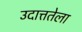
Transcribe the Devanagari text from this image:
उदात्ततेला